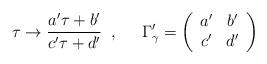
LaTeX: \begin{align*}\tau \rightarrow \frac{a'\tau +b'}{c'\tau +d'} \;\; , \;\;\;\;\; \Gamma_{\gamma}' =\left( \begin{array}{cc} a' & b' \\ c' & d' \end{array} \right)\end{align*}